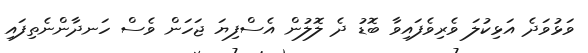
ވަޅުވަދެ އަޅިކުލަ ވެރިވެފައިވާ ބޮޑު ދެ ލޮލުން އެސްފިޔަ ޖަހަން ވެސް ހަނދާންނެތިފައި